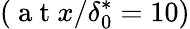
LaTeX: \left(\mathrm{~a~t~}x/\delta_{0}^{*}=10\right)